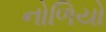
નોળિયો